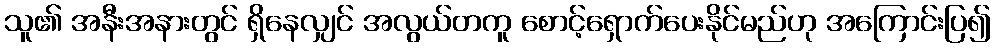
သူ၏ အနီးအနားတွင် ရှိနေလျှင် အလွယ်တကူ စောင့်ရှောက်ပေးနိုင်မည်ဟု အကြောင်းပြ၍